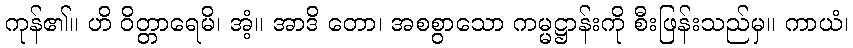
ကုန်၏။ ဟိ ဝိတ္တာရေမိ၊ အံ့။ အာဒိ တော၊ အစစွာသော ကမ္မဋ္ဌာန်းကို စီးဖြန်းသည်မှ။ ကာယံ၊